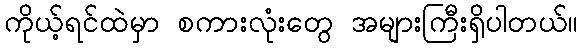
ကိုယ့်ရင်ထဲမှာ စကားလုံးတွေ အများကြီးရှိပါတယ်။